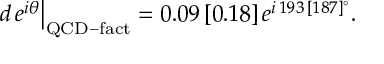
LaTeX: \left. d \, e ^ { i \theta } \right| _ { \mathrm { Q C D - f a c t } } = 0 . 0 9 \, [ 0 . 1 8 ] \, e ^ { i \, 1 9 3 \, [ 1 8 7 ] ^ { \circ } } .